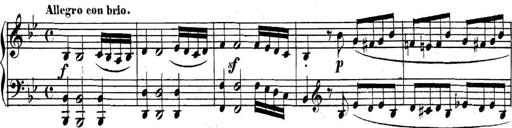
Title: Collected Piano Sonatas
Composer: Muzio Clementi